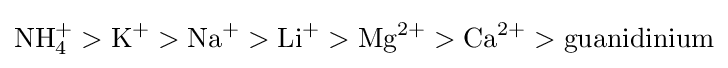
\mathrm {NH_{4}^{+}>K^{+}>Na^{+}>Li^{+}>Mg^{2+}>Ca^{2+}>guanidinium}